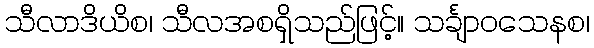
သီလာဒိယိစ၊ သီလအစရှိသည်ဖြင့်။ သင်္ချာဝသေနစ၊